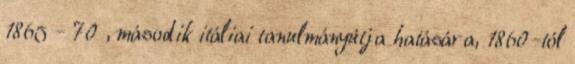
1865 - 70 , második itáliai tanulmányútja hatására, 1860-tól